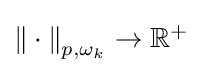
{\textstyle {\Vert \cdot \Vert }_{p,\omega _{k}}\to \mathbb {R} ^{+}}